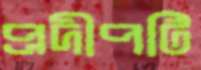
প্রদীপটি